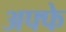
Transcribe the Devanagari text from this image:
अफ्फे